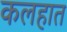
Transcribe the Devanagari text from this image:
कलहात